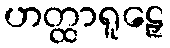
ဟတ္ထာရူဠှေ